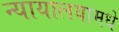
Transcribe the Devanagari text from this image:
न्यायालयामधे